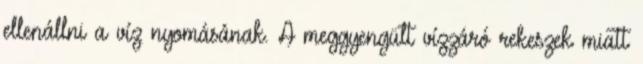
ellenállni a víz nyomásának. A meggyengült vízzáró rekeszek miatt